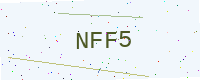
Text: NFF5